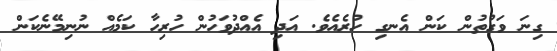
ގިނަ ވަގުތުން ކަން އެނގި ހުރެއެވެ. އަދި އެއްދުވަހުން ހުރިހާ ކަމެއް ނުނިމޭނެކަން